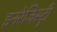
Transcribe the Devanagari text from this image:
इनरेजिस्ट्री